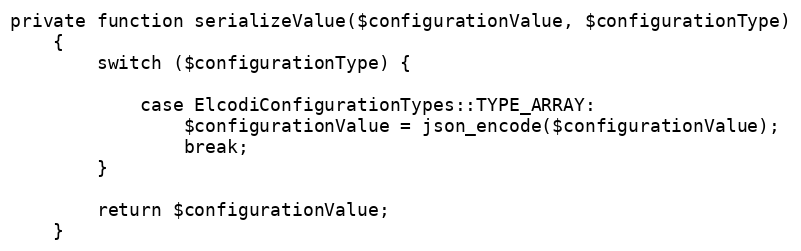
Language: PHP
private function serializeValue($configurationValue, $configurationType)
    {
        switch ($configurationType) {

            case ElcodiConfigurationTypes::TYPE_ARRAY:
                $configurationValue = json_encode($configurationValue);
                break;
        }

        return $configurationValue;
    }